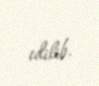
edilib.